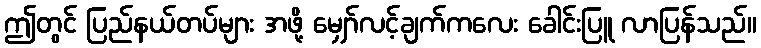
ဤတွင် ပြည်နယ်တပ်များ အဖို့ မျှော်လင့်ချက်ကလေး ခေါင်းပြူ လာပြန်သည်။